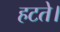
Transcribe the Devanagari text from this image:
हटते।